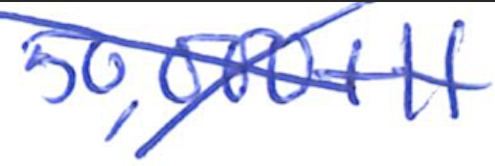
Text: 50,000+H
Cross-out: cross
Writing tool: ballpoint